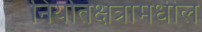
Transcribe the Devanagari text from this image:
निर्यातक्षेत्रामधील